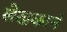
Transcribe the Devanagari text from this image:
लेखकानं